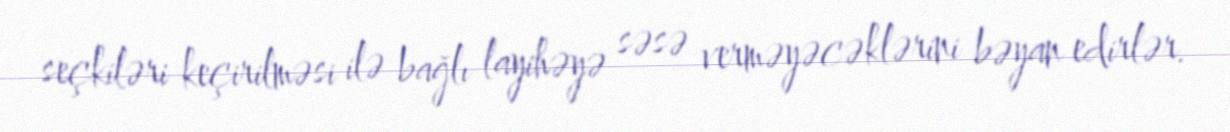
seçkiləri keçirilməsi ilə bağlı layihəyə səsə verməyəcəklərini bəyan edirlər.